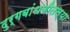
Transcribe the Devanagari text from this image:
दुर्गबांधणीतल्या